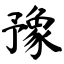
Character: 豫